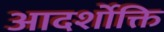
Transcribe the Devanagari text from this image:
आदर्शोक्ति